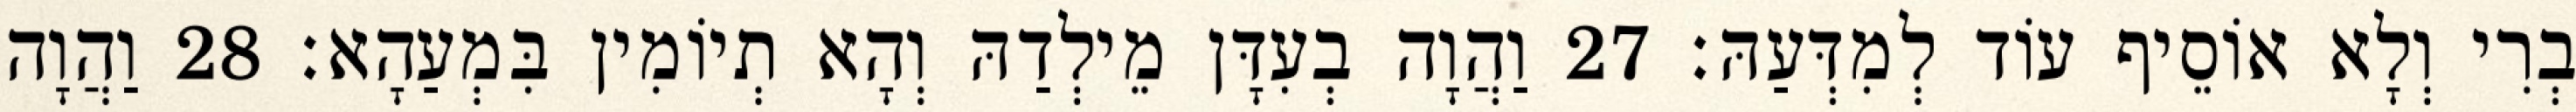
בְרִי וְלָא אוֹסֵיף עוֹד לְמִדְּעַהּ׃ 27 וַהֲוָה בְעִדָּן מֵילְדַהּ וְהָא תְיוֹמִין בִּמְעַהָא׃ 28 וַהֲוָה